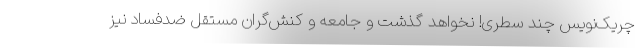
چریک‌نویس چند سطری! نخواهد گذشت و جامعه و کنش‌گران مستقل ضدفساد نیز